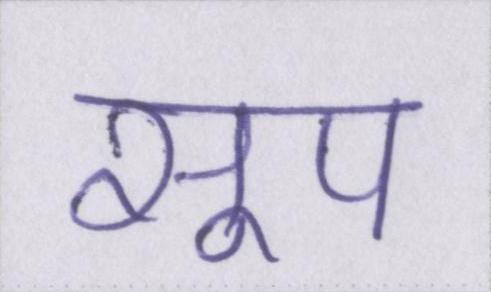
सूप